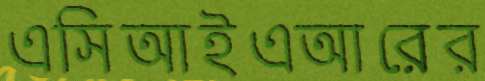
এসিআইএআরের